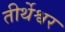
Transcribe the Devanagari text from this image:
तीर्थेश्वर